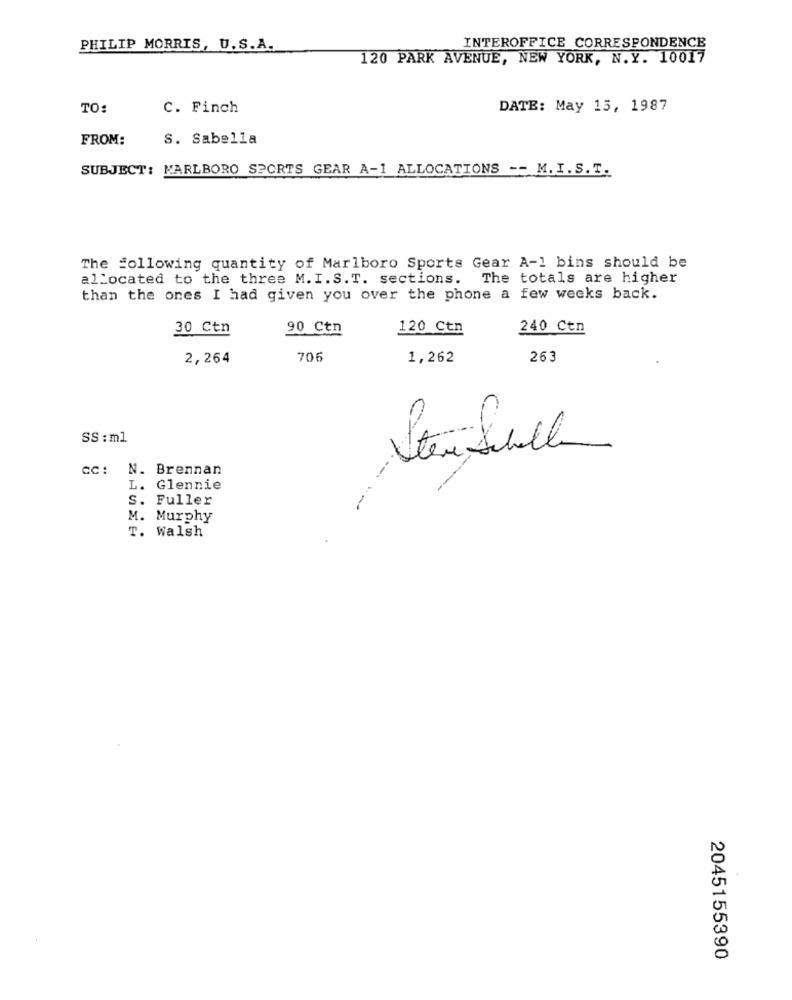
INTEROFFICE CORRESPONDENCE
PHILIP MORRIS, U.S.A.
120 PARK AVENUE, NEW YORK, N.Y. 10017
TO:
C. Finch
DATE: May 13, 1987
FROM:
S. Sabella
SUBJECT: MARLBORO SPORTS GEAR A-1 ALLOCATIONS -- M. I.S.T.
The following quantity of Marlboro Sports Gear A-1 bins should be
allocated to the three M. I. S.T. sections. The totals are higher
than the ones I had given you over the phone a few weeks back.
30 Ctn
90 Ctn
120 Ctn
240 Ctn
2,264
706
1,262
263
SS : ml
Sten Sulle
cc: N. Brennan
L. Glennie
S. Fuller
M. Murphy
T. Walsh
2045155390